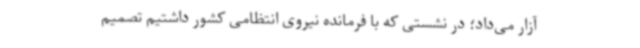
آزار می‌داد؛ در نشستی که با فرمانده نیروی انتظامی کشور داشتیم تصمیم